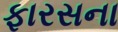
ફારસના